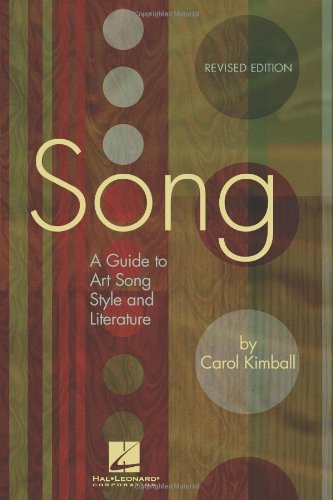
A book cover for Song: A Guide to Art Song Style and Literature; Carol Kimball; Arts & Photography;